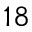
1 8